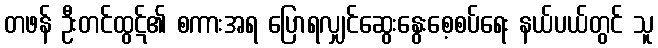
တဖန် ဦးတင်ထွဋ်၏ စကားအရ ပြောရလျှင်ဆွေးနွေးစေ့စပ်ရေး နယ်ပယ်တွင် သူ